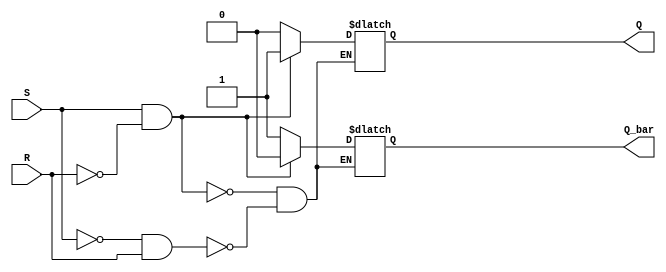
module sr_flipflop(
    input S,
    input R,
    output reg Q,
    output reg Q_bar
);

always @(S or R) begin
    if(S == 1 && R == 0) begin
        Q <= 1;
        Q_bar <= 0;
    end else if(S == 0 && R == 1) begin
        Q <= 0;
        Q_bar <= 1;
    end else if(S == 0 && R == 0) begin
        // Retain previous state
    end
end

endmodule